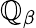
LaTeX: \mathbb{Q}_{\beta}